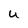
Character: U